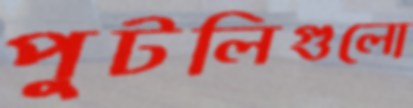
পুটলিগুলো